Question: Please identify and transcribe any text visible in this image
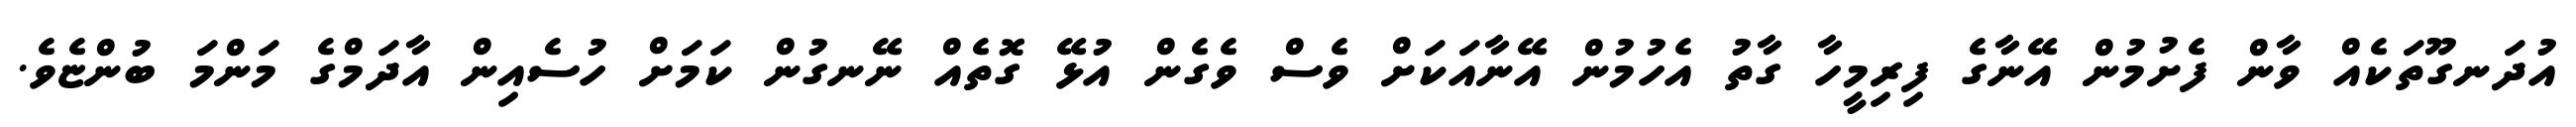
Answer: އުދަނގޫތަކެއް ވާން ފެށުމުން އޭނާގެ ފިރިމީހާ ގާތު އެހުމުން އޭނާއަކަށް ވެސް ވެގެން އުޅޭ ގޮތެއް ނޭނގުން ކަމަށް ހުސެއިން އާދަމްގެ މަންމަ ބުންޏެވެ.